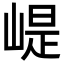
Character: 崼